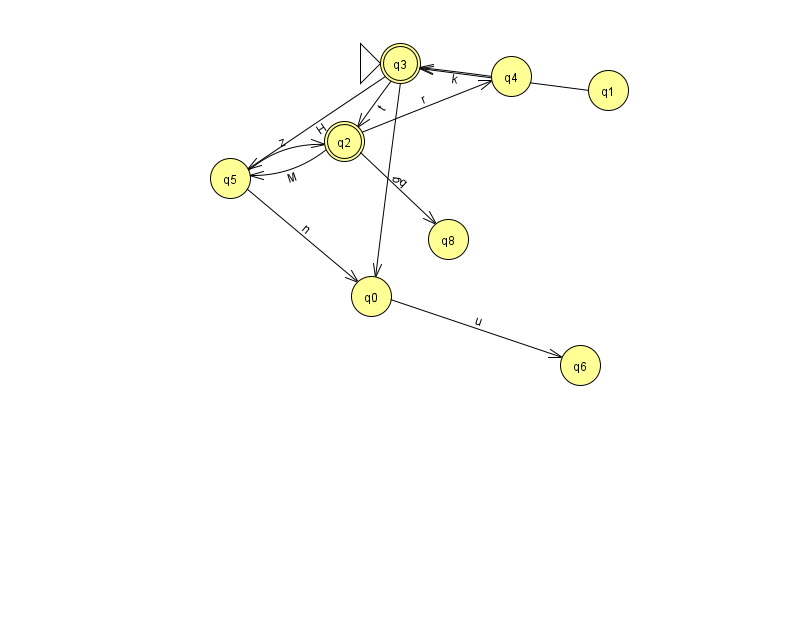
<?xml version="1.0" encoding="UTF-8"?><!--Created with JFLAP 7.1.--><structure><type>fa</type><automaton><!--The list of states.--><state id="0" name="q0"><x>371.0</x><y>283.0</y></state><state id="1" name="q1"><x>608.0</x><y>77.0</y></state><state id="2" name="q2"><x>344.0</x><y>128.0</y><final/></state><state id="3" name="q3"><x>400.0</x><y>50.0</y><initial/><final/></state><state id="4" name="q4"><x>511.0</x><y>63.0</y></state><state id="5" name="q5"><x>230.0</x><y>165.0</y></state><state id="6" name="q6"><x>580.0</x><y>352.0</y></state><state id="8" name="q8"><x>448.0</x><y>226.0</y></state><!--The list of transitions.--><transition><from>2</from><to>4</to><read>r</read></transition><transition><from>3</from><to>2</to><read>t</read></transition><transition><from>5</from><to>0</to><read>n</read></transition><transition><from>2</from><to>5</to><read>M</read></transition><transition><from>3</from><to>0</to><read>g</read></transition><transition><from>1</from><to>3</to><read>p</read></transition><transition><from>2</from><to>8</to><read>q</read></transition><transition><from>0</from><to>6</to><read>u</read></transition><transition><from>3</from><to>5</to><read>H</read></transition><transition><from>4</from><to>3</to><read>k</read></transition><transition><from>5</from><to>2</to><read>z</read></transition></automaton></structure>